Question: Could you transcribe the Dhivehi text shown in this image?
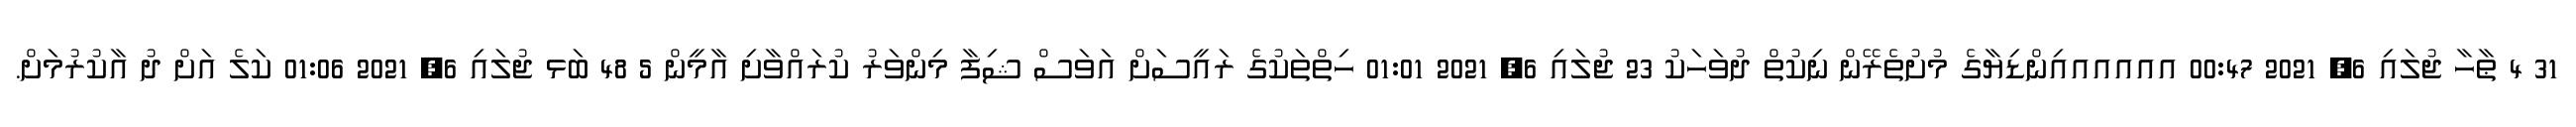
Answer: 31 4 ޠާހާ ޖުލައި 6, 2021 00:47 އއއއއއިންޑިޔާގެ މުށުތެރޭން ނިކުތް ދުވަހަކު 23 ޖުލައި 6, 2021 01:01 ހިތްތަކުގެ ރައީސަށް އަވަސް ޝިފާ މިންވަރު ކުރައްވާށި އާމީން 5 48 ބަޅ ޖުލައި 6, 2021 01:06 ކަލެ އަށް ދު އާކުރުމަށް.